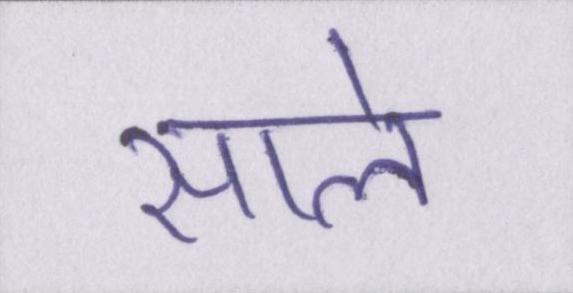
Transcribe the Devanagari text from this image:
साले